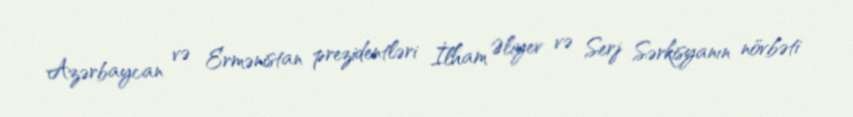
Azərbaycan və Ermənistan prezidentləri İlham Əliyev və Serj Sərkisyanın növbəti